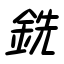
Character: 銑